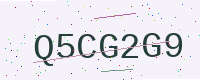
Text: Q5CG2G9